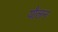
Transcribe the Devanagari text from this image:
यौलन